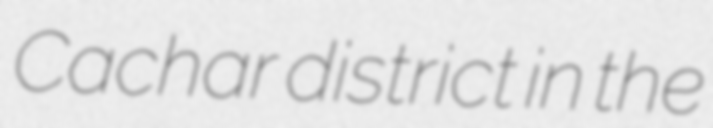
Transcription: Cachar district in the